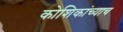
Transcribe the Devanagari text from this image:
कोशिकांच्याच